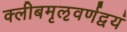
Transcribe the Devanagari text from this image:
क्लीबमृऌवर्णद्वयं